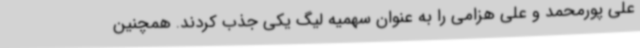
علی پورمحمد و علی هزامی را به عنوان سهمیه لیگ یکی جذب کردند. همچنین